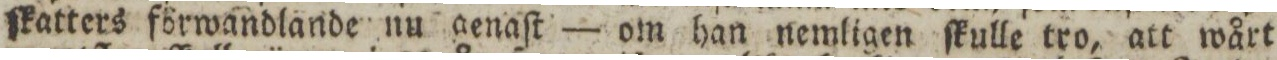
ſkatters förwandlande nu aenaſt — om han nemligen ſkulle tro, att wårt